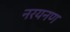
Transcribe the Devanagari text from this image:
नरयनण